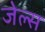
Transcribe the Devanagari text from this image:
जेल्स